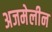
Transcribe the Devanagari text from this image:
अजमेलीन